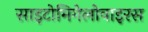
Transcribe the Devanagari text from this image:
साइटोमिगेलोवाइरस